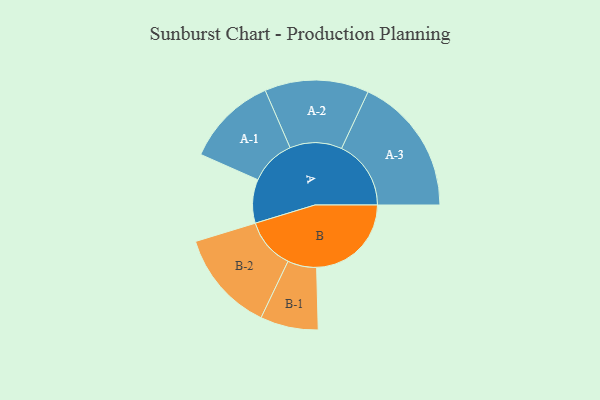
{"axis": {"x": "Segment", "y": "Value"}, "legend": ["", "A", "B"], "data": [{"x": "A", "y": 178, "type": ""}, {"x": "B", "y": 386, "type": ""}, {"x": "A-1", "y": 186, "type": "A"}, {"x": "A-2", "y": 212, "type": "A"}, {"x": "A-3", "y": 283, "type": "A"}, {"x": "B-1", "y": 118, "type": "B"}, {"x": "B-2", "y": 207, "type": "B"}]}